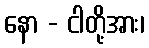
နော - ငါတို့အား၊